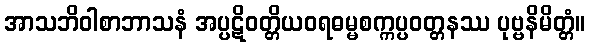
အာသဘိဝါစာဘာသနံ အပ္ပဋိဝတ္တိယဝရဓမ္မစက္ကပ္ပဝတ္တနဿ ပုဗ္ဗနိမိတ္တံ။